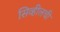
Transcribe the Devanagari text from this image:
सिव्हीलची